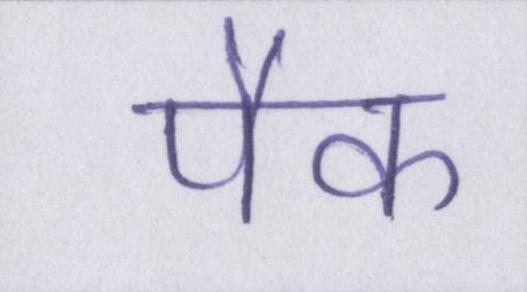
पैक